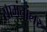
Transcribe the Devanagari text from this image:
सामंतांलर